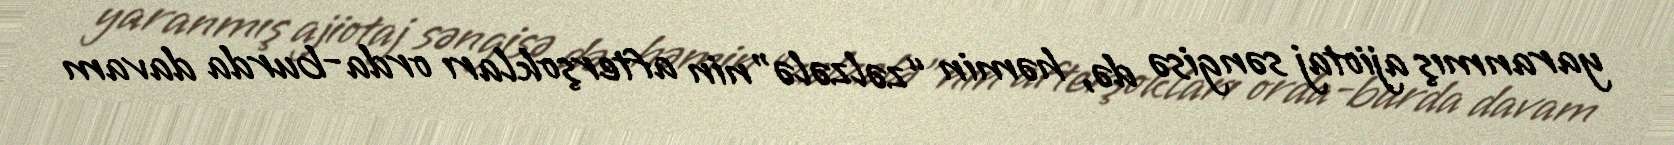
yaranmış ajiotaj səngisə də, həmin “zəlzələ”nin afterşokları orda-burda davam